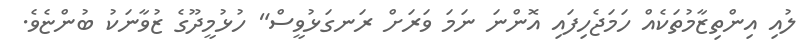
ލުއި އިންތިޒާމުތަކެއް ހަމަޖެހިފައި އޮންނަ ނަމަ ވަރަށް ރަނގަޅުވީސް" ހުޅުމީދޫގެ ޒުވާނަކު ބުންޏެވެ.